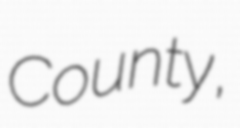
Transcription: County,